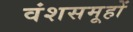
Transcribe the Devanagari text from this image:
वंशसमूहों